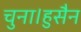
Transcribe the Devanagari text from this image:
चुना।हुसैन